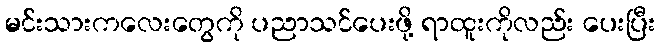
မင်းသားကလေးတွေကို ပညာသင်ပေးဖို့ ရာထူးကိုလည်း ပေးပြီး